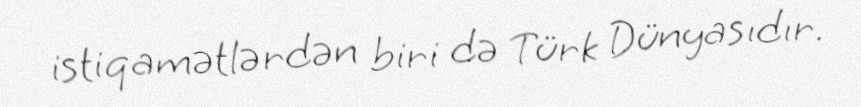
istiqamətlərdən biri də Türk Dünyasıdır.